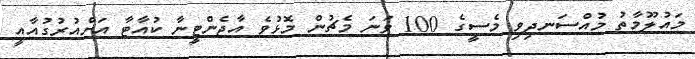
މައުލޫމާތު މުއްސަނދިވި މެސީގެ 100 ވަނަ މެޗުން މޮޅުވެ އާޖެންޓީނާ ކުއާޓާ އަށްއުރުގުއާއީ